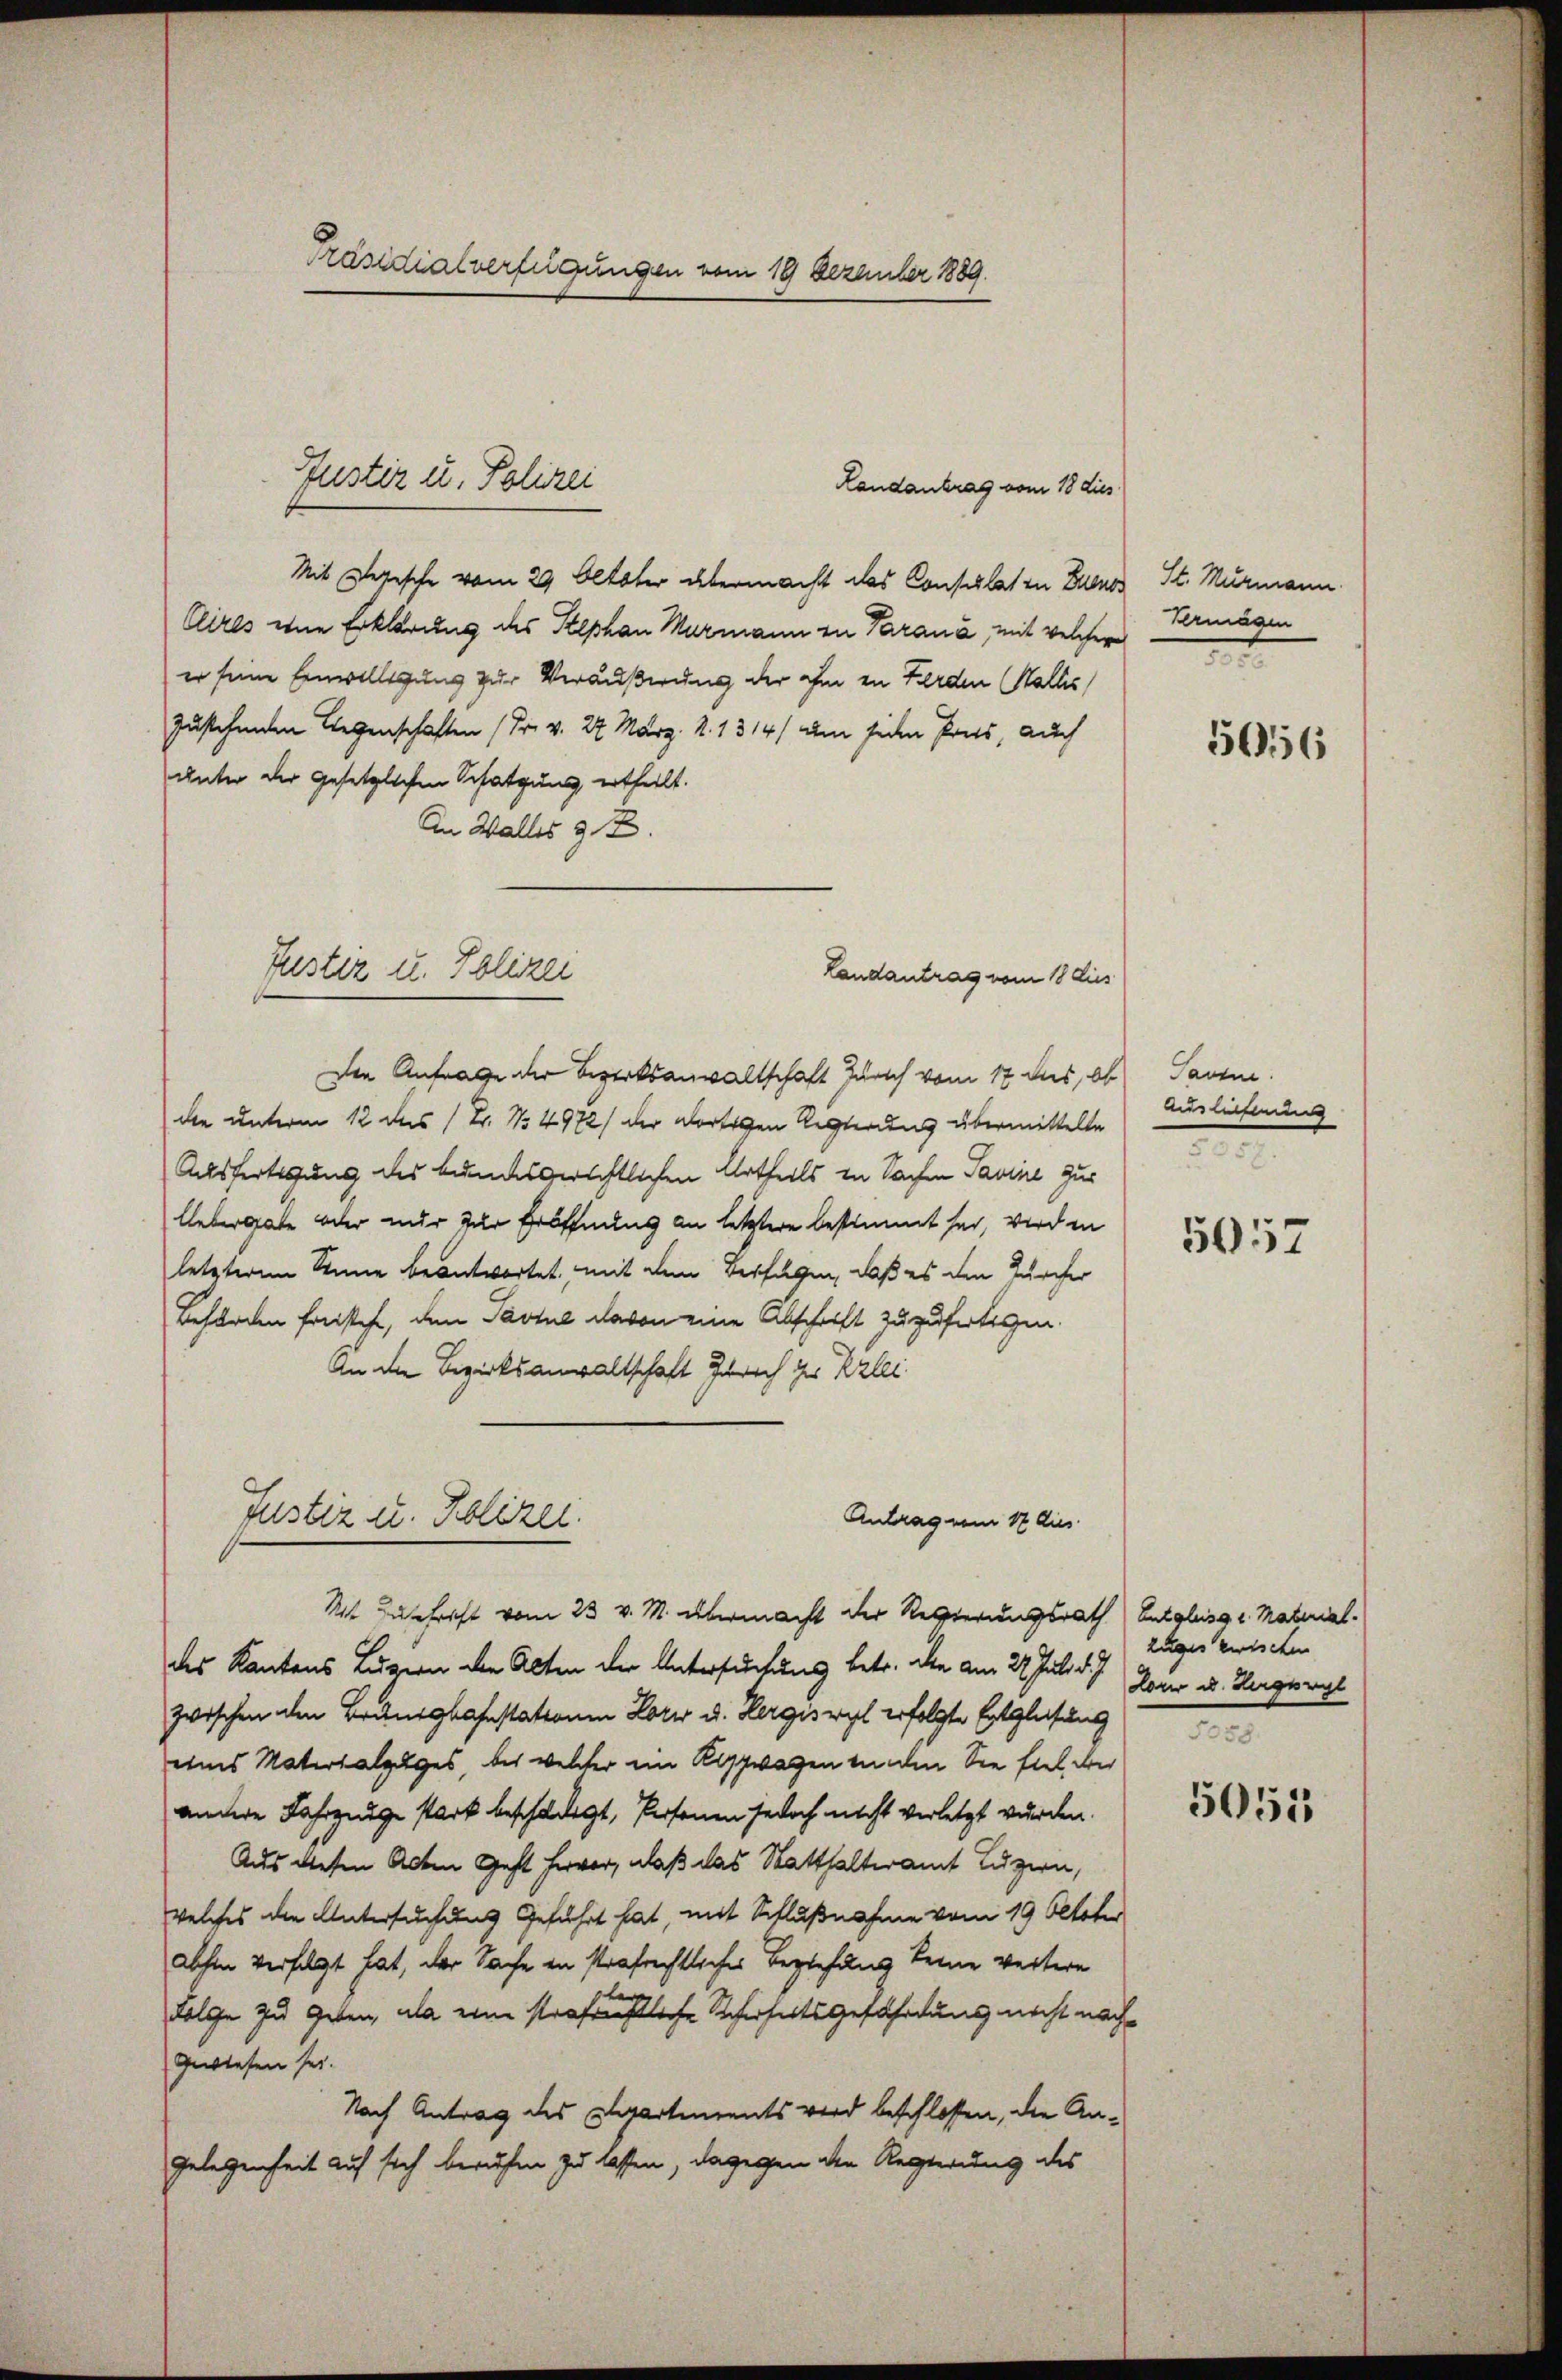
Präsidialverfügungen vom 19 Dezember 1889.

Justiz u. Polizei

Landantrag vom 18 dies

Mit Depesche vom 29 Oktober übermacht das Consulat in Bren
Clires eine Erklärung des Stephan Murmann zu Parana, mit welcher
er seine Einwilligung zur Veräußerung der ihm in Ferden (Wallis,
zustehenden Liegenschaften (Fr. v. 27. März. N. 1314/ um jeden Preis, auch
unter der gesetzlichen Schatzung ertheilt.
An Walles z. B.
Die Anfrage der Bezirksanwaltschaft Zürich vom 17 des, ob
die unterm 12 des (T. No. 4972/ der dortigen Regierung übermittelte
Ausfertigung des bundesgerichtlichen Urtheils in Sachen Savine zur
llebergate oder nur zur Eröffnung an letztere bestimmt sei, wird in
letzterem Sinne beantwortet, mit dem Verfügen, daß es den Zürcher
Behörden freistehe, den Partie davon eine Abschrift zuzufertigen.
An die Bezirksanwaltschaft Zürich der Klei

Fester u. Polizei
Landantrag vom 18 Aus

Justiz u. Polizei.

Mit Zuschrift vom 23 v. M. übermacht der Regierungsrath
des Kantons Luzern den Alten der Untersuchung betr. die am 22. Juli d. J. Leu u. Sagerol
zwischen den Brangbahnstattenen Lori u. Hergiswyl erfolgte Entgleichung
eines Materialpages, bis welcher ein Alpwagen wunden Sie fiel der
andere Fahrzunge stark beschädigt, Personen jedoch nicht verletzt wurden.
Aus diesen Acten Geht hervor, daß das Statthalteramt Luzern,
welches die Untersuchung Geführt hat mit Schlußnahme vom 19 Oktober
abhin verfolgt hat, der Sache in strafrechtliches Beziehung keine weitere
te
Folge zu geben, da eine strafristliche Scherheitsgefährdung nicht nachgewiesen sei.
Nach Antrag des Departements wird beschlossen, die An¬
Gelegenheit auf sich beruhen zu lassen, dagegen den Regierung des

Antrag vom 17 dies

St. Murmann.
Vermögen
d

5056

Savene:
Auslichen |
2

5057

Entgleiss u. Material.
zuges zwischen
5058.

5051